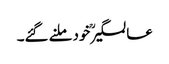
عالمگیرؒ خود ملنے گئے۔